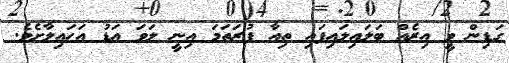
ގަޑިން ވީ އިރެއް ބަލައިލައިފައި ތިއާ ފުރަތަމަ އިނީ ލަވަ އަޑު އަހައިލާށެވެ.